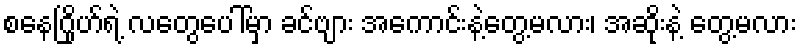
စနေဂြိုဟ်ရဲ့ လတွေပေါ်မှာ ခင်ဗျား အကောင်းနဲ့တွေ့မလား၊ အဆိုးနဲ့ တွေ့မလား